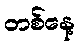
တစ်နေ့